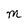
Character: m